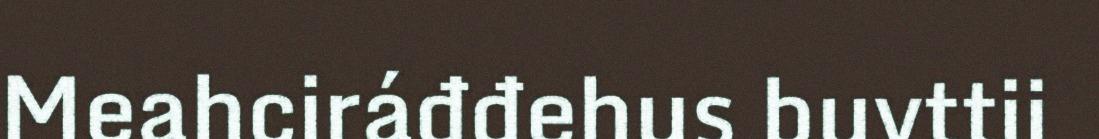
Meahciráđđehus buvttii